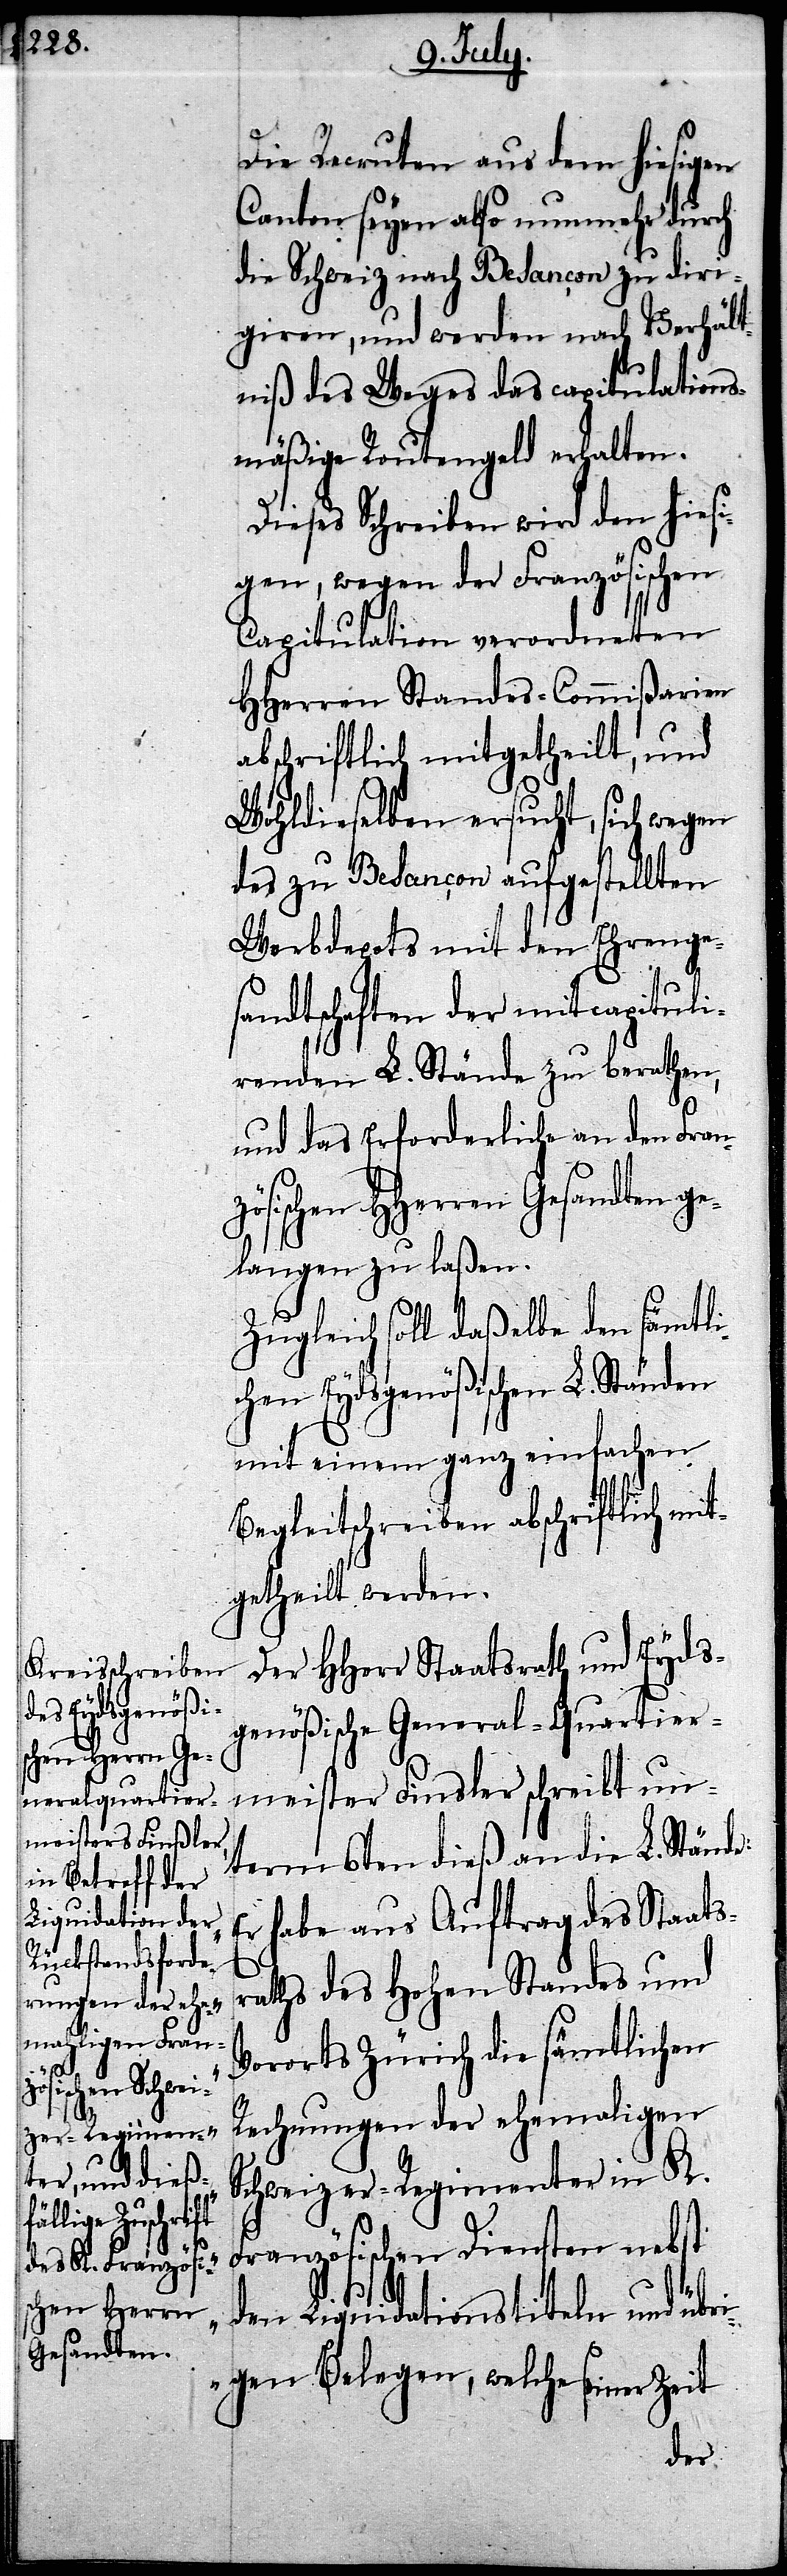
meister Finsler
schreibt un¬

Die Recruten aus dem hiesigen
Canton seyen also nunmehr durch
die Schweiz nach Besançon zu diri¬
giren, und werden nach Verhält¬
niß des Weges das capitulations¬
mäßige Routengeld erhalten.
Dieses Schreiben wird den hiesi¬
gen, wegen der Französischen
Capitulation verordneten
HHerren Standes-Commißarien
abschriftlich mitgetheilt, und
Wohldieselben ersucht, sich wegen
des zu Besançon aufgestellten
Werbdepots mit den Ehrenge¬
sandtschaften der mitcapituli¬
renden L. Stände zu berathen,
und das Erforderliche an den Fran¬
zösischen HHerren Gesandten ge¬
langen zu laßen.
Zugleich soll daßelbe den sämtli¬
chen Eydsgenößischen L. Ständen
mit einem ganz einfachen
Begleitschreiben abschriftlich mi¬
tgetheilt werden.
Der HHerr Staatsrath und Eyds¬
genößische General-Quartier¬
term 6ten dieß an die L. Stän¬
habe aus Auftrag des Staats¬
raths des Hohen Standes und
Vororts Zürich die sämtlichen
Rechnungen der ehemaligen
Schweizer-Regimenter in K.
Französischen Diensten nebst
den Liquidationstiteln und übr¬
igen Belegen, welche seiner Zeit
de: